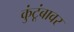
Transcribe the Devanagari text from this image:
कुंटूंबावर